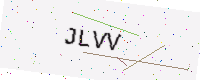
Text: JLVV